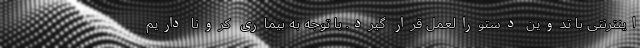
اینترنتی با تدوین دستورالعمل قرار گیرد. با توجه به بیماری کرونا داریم